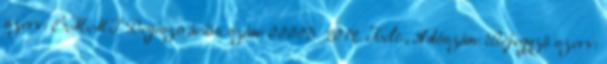
szerv: EMMI Regisztrációs szám: 00003 2012. Kelt:., Adószám: Bejegyző szerv: